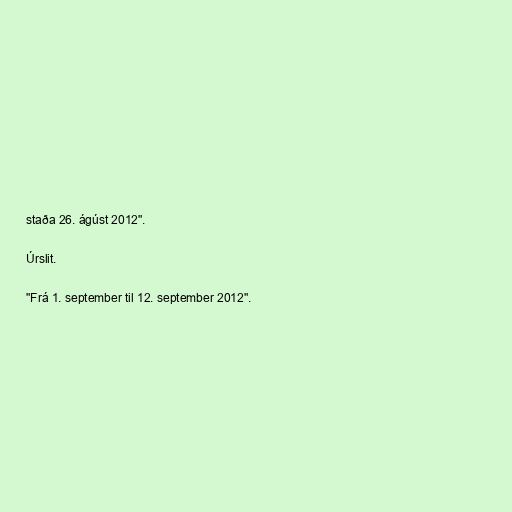
staða 26. ágúst 2012".

Úrslit.

"Frá 1. september til 12. september 2012".